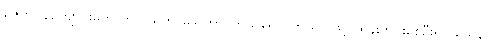
ဇေတဝန်ကျောင်းတော်ကို။ ဩဘာသေတွာ၊ ကိုယ်ရောင်ကိုယ်ဝါဖြင့် ထွန်းလင်းစေဦး၍။ ယေန၊